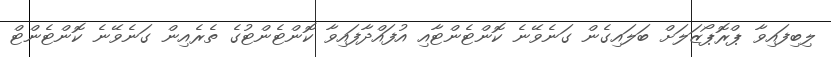
ލިބިފައިވާ ޕްރޮޕޯޒަލަށް ބަލައިގެން ގަނެވޭނެ ކޮންޓެންޓާއި އުފައްދާފައިވާ ކޮންޓެންޓުގެ ތެރެއިން ގަނެވޭނެ ކޮންޓެންޓް